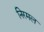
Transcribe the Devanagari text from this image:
निरमल